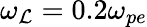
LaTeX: \omega_{\mathcal{L}}=0.2\omega_{pe}